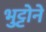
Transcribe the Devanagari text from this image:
भुट्टोने